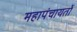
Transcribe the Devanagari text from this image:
महापंचायतों